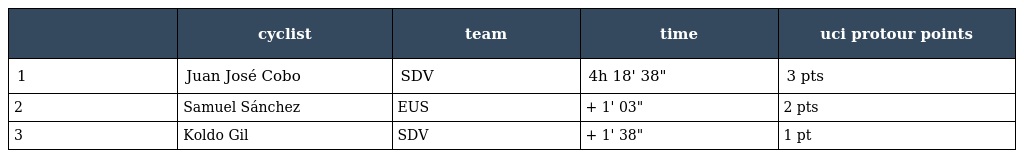
|  | cyclist | team | time | uci protour points |
 | --- | --- | --- | --- | --- |
 | 1 | Juan José Cobo | SDV | 4h 18' 38" | 3 pts |
 | 2 | Samuel Sánchez | EUS | + 1' 03" | 2 pts |
 | 3 | Koldo Gil | SDV | + 1' 38" | 1 pt |